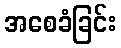
အစေခံခြင်း